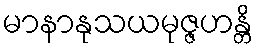
မာနာနုသယမုဇ္ဇဟန္တိ